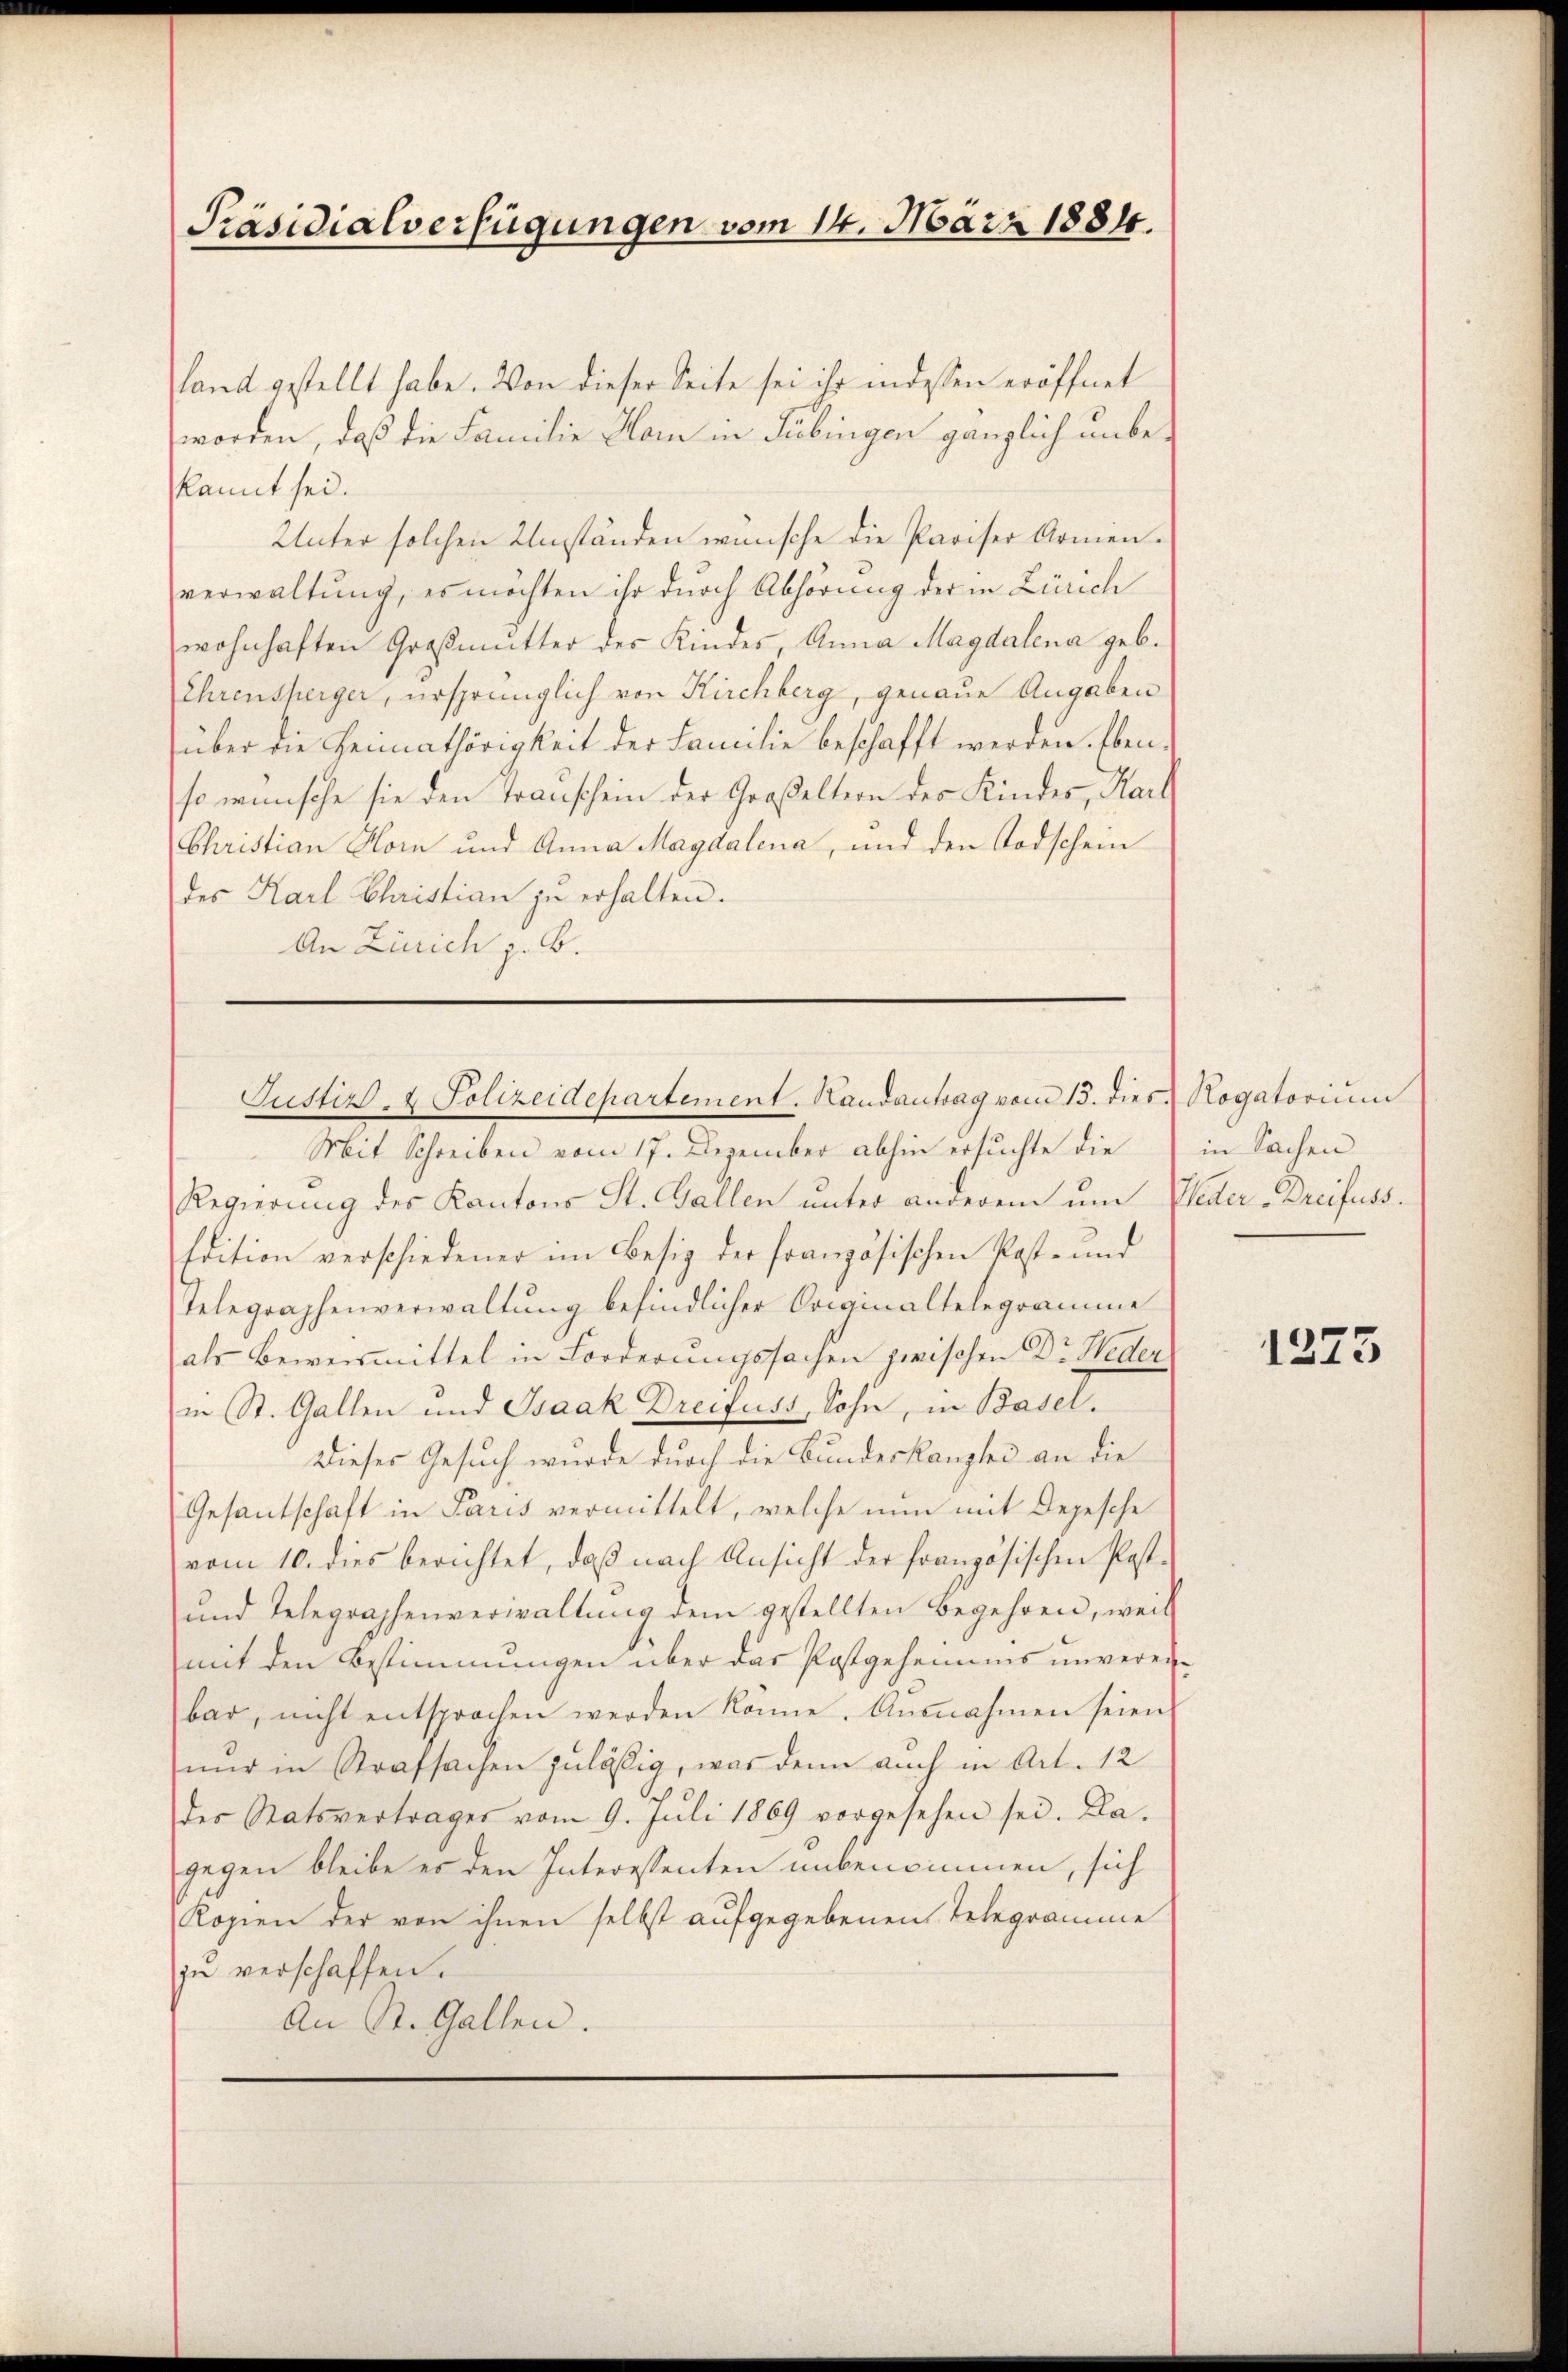
Präsidialverfügungen vom 14. März 1884.

land gestellt habe. Von dieser Seite sei ihr indessen eröffnet
worden, daß die Familie Hom in Tübingen gänzlich unbekannt sei.
Unter solchen Umständen wünsche die Pariser Armenverwaltung, es möchten ihr durch Abhörung der in Zürich
wohnhaften Großmutter des Kindes, Anna Magdalena geb.
Ehrensherger, ursprünglich von Kirchberg, genaue Angaben
über die Heimathörigkeit der Familie beschafft werden. Ebenso wünsche sie den Trauschein der Großeltern des Kindes, Karl
Christian Hom und Anna Magdalena, und den Todschein
des Karl Christian zŭ erhalten.
An Zürich z. B.
Mit Schreiben vom 17. Dezember abhin ersuchte die
Regierung des Kantons St. Gallen unter anderem um Weder - Dreifuss¬
Edition verschiedener im Besiz der französischen Kost- und
Telegraphenverwaltung befindlicher Originaltelegramme
als Beweismittel in Forderungssachen zwischen Dr. Weder
in St. Gallen und Isaak Dreifuss, Sohn, in Basel.
Dieser Gesuch wurde durch die Bundeskanzlei an die
Gesantschaft in Paris vermittelt, welche nun mit Depesche
vom 10. dies berichtet, daβ nach Ansicht der französischen Post-
und Telegraphenverwaltung dem gestellten Begehren, weil
mit den Bestimmungen über das Postgeheimms unverei-
bar, nicht entsprochen werden könne. Ausnahmen seien
nur in Strafsachen zulässig, was denn auch in Art. 12
der Ratsvertrages vom 9. Juli 1869 vorgesehen sei. Da-
gegen bleibe er den Interessenten unbenommen, sich
Kopien der von ihnen selbst aufgegebenen Telegramme
zu verschaffen.
An St. Gallen.

Justiz- & Polizeidepartement. Handantrag vom 13. dies Rogatorium

in Sachen

1223